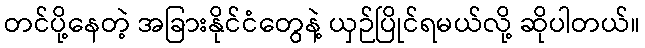
တင်ပို့နေတဲ့ အခြားနိုင်ငံတွေနဲ့ ယှဉ်ပြိုင်ရမယ်လို့ ဆိုပါတယ်။